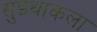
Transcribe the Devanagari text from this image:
सुइथाकला